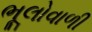
ભૂલોવાળી